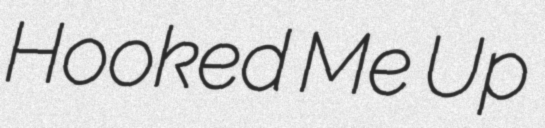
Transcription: Hooked Me Up